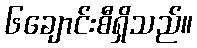
၆ချောင်းစီရှိသည်။